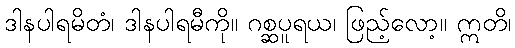
ဒါနပါရမိတံ၊ ဒါနပါရမီကို။ ဂစ္ဆပူရယ၊ ဖြည့်လော့။ ဣတိ၊